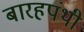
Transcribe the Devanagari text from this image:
बारहपंथी